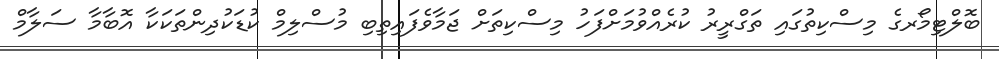
ބޮލްޓިމޯރގެ މިސްކިތުގައި ތަގްރީރު ކުރެއްވުމަށްފަހު މިސްކިތަށް ޖަމާވެފައިތިބި މުސްލިމް ކުޑަކުދިންތަކަކާ އޮބާމާ ސަލާމް